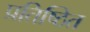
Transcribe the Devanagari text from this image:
प्रतिष्‍ठित